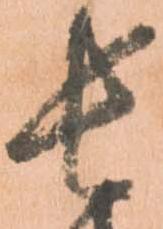
長